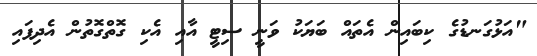
"އަޅުގަނޑުގެ ކިބައިން އެތައް ބަޔަކު ވަނީ ސިޓީ އާއި އެކި ގޮތްގޮތުން އެދިފައި